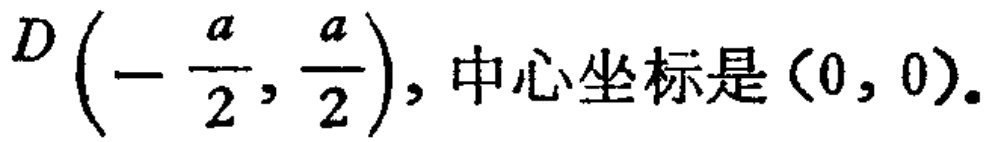
$D\left(-\frac{a}{2},\frac{a}{2}\right), 中心坐标是(0,0).$